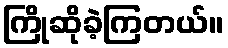
ကြိုဆိုခဲ့ကြတယ်။